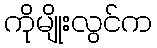
ကိုမျိုးလွင်က